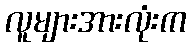
လူများအားလုံးက